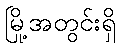
မြို့အတွင်းရှိ